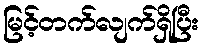
မြင့်တက်လျက်ရှိပြီး